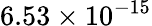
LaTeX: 6.53\times 10^{-15}